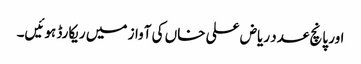
اور پانچ عدد ریاض علی خاں کی آواز میں ریکارڈ ہوئیں۔